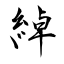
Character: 綽